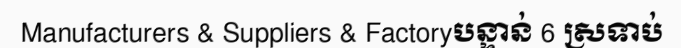
Manufacturers & Suppliers & Factoryបន្ទាន់ 6 ស្រទាប់